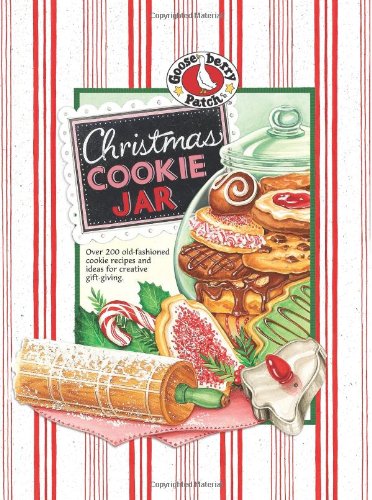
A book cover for Christmas Cookie Jar (Seasonal Cookbook Collection); Gooseberry Patch; Cookbooks, Food & Wine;